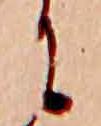
に